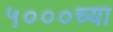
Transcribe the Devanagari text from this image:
५०००च्या